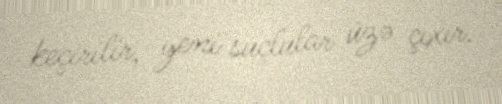
keçirilir, yeni suçlular üzə çıxır.